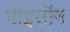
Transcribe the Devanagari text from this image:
पॉइसॉन